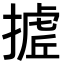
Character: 𭢉